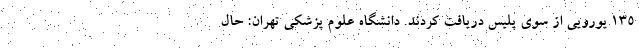
۱۳۵ یورویی از سوی پلیس دریافت کردند. دانشگاه علوم پزشکی تهران: حال